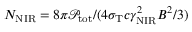
N _ { \mathrm { N I R } } = 8 \pi \mathcal { P } _ { \mathrm { t o t } } / ( 4 \sigma _ { \mathrm { T } } c \gamma _ { \mathrm { N I R } } ^ { 2 } B ^ { 2 } / 3 )